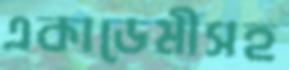
একাডেমীসহ